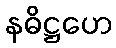
နဓိဋ္ဌဟေ